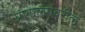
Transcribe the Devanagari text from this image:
प्रणाल्यांवरील